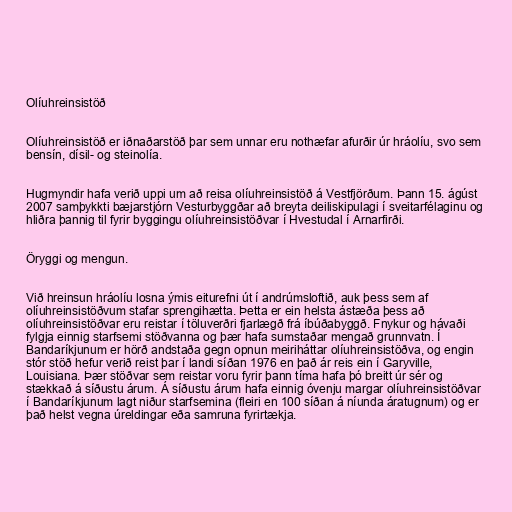
Olíuhreinsistöð

Olíuhreinsistöð er iðnaðarstöð þar sem unnar eru nothæfar afurðir úr hráolíu, svo sem
bensín, dísil- og steinolía.

Hugmyndir hafa verið uppi um að reisa olíuhreinsistöð á Vestfjörðum. Þann 15. ágúst
2007 samþykkti bæjarstjórn Vesturbyggðar að breyta deiliskipulagi í sveitarfélaginu og
hliðra þannig til fyrir byggingu olíuhreinsistöðvar í Hvestudal í Arnarfirði.

Öryggi og mengun.

Við hreinsun hráolíu losna ýmis eiturefni út í andrúmsloftið, auk þess sem af
olíuhreinsistöðvum stafar sprengihætta. Þetta er ein helsta ástæða þess að
olíuhreinsistöðvar eru reistar í töluverðri fjarlægð frá íbúðabyggð. Fnykur og hávaði
fylgja einnig starfsemi stöðvanna og þær hafa sumstaðar mengað grunnvatn. Í
Bandaríkjunum er hörð andstaða gegn opnun meiriháttar olíuhreinsistöðva, og engin
stór stöð hefur verið reist þar í landi síðan 1976 en það ár reis ein í Garyville,
Louisiana. Þær stöðvar sem reistar voru fyrir þann tíma hafa þó breitt úr sér og
stækkað á síðustu árum. Á síðustu árum hafa einnig óvenju margar olíuhreinsistöðvar
í Bandaríkjunum lagt niður starfsemina (fleiri en 100 síðan á níunda áratugnum) og er
það helst vegna úreldingar eða samruna fyrirtækja.